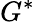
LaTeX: G^{\ast}